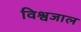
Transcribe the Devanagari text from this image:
विश्वजाल